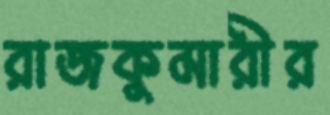
রাজকুমারীর